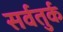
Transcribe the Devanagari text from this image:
सर्वतुर्क